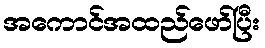
အကောင်အထည်ဖော်ပြီး